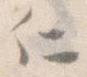
に